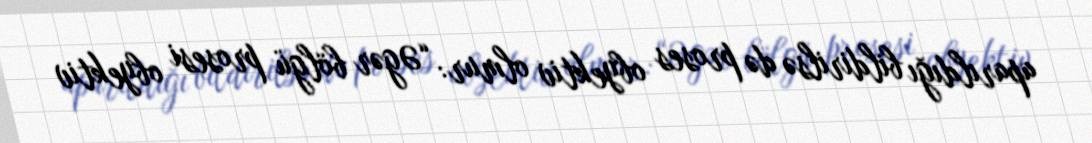
aparıldığı bildirilsə də proses obyektiv olmur: “Əgər bölgü prosesi obyektiv